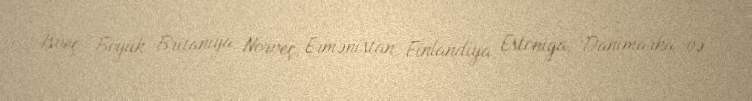
İsveç, Böyük Britaniya, Norveç, Ermənistan, Finlandiya, Estoniya, Danimarka və